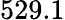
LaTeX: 529.1